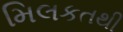
મિલકતથી